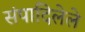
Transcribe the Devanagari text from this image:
संपादिलेले